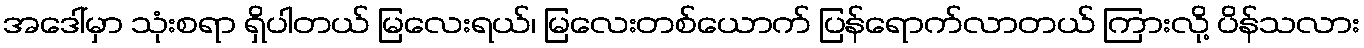
အဒေါ်မှာ သုံးစရာ ရှိပါတယ် မြလေးရယ်၊ မြလေးတစ်ယောက် ပြန်ရောက်လာတယ် ကြားလို့ ပိန်သလား